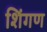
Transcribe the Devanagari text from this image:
शिंगण